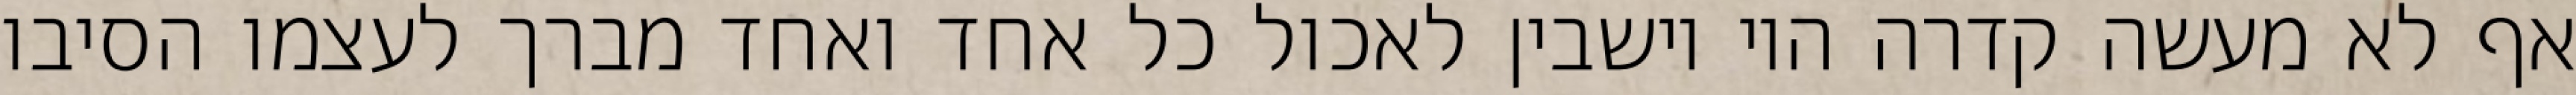
אף לא מעשה קדרה היו יושבין לאכול כל אחד ואחד מברך לעצמו הסיבו